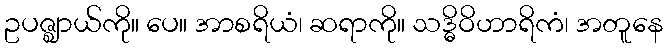
ဥပဇ္ဈာယ်ကို။ ပေ။ အာစရိယံ၊ ဆရာကို။ သဒ္ဓိဝိဟာရိကံ၊ အတူနေ